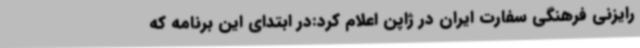
رایزنی فرهنگی سفارت ایران در ژاپن اعلام کرد:در ابتدای این برنامه که